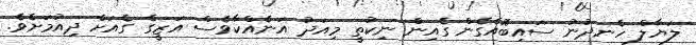
ލަޔާލް ހެނދުނު ސައިބޮއެގެން ގެއިން ނިކުތީ މިއަދު އަނެއްކާވެސް އަޒީގެ ގެއަށް ދިއުމަށެވެ.